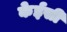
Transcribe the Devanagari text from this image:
केईसी